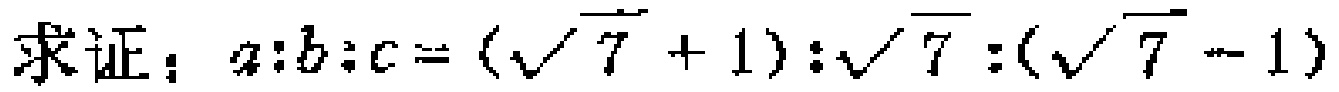
求证：\(a:b:c = (\sqrt{7} + 1):\sqrt{7}:(\sqrt{7} - 1)\)